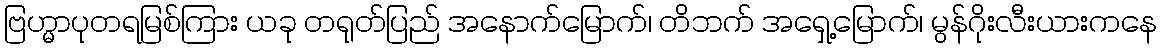
ဗြဟ္မာပုတရမြစ်ကြား ယခု တရုတ်ပြည် အနောက်မြောက်၊ တိဘက် အရှေ့မြောက်၊ မွန်ဂိုးလီးယားကနေ